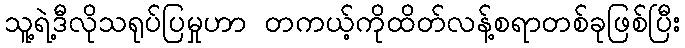
သူ့ရဲ့ဒီလိုသရုပ်ပြမှုဟာ တကယ့်ကိုထိတ်လန့်စရာတစ်ခုဖြစ်ပြီး